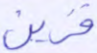
فزين